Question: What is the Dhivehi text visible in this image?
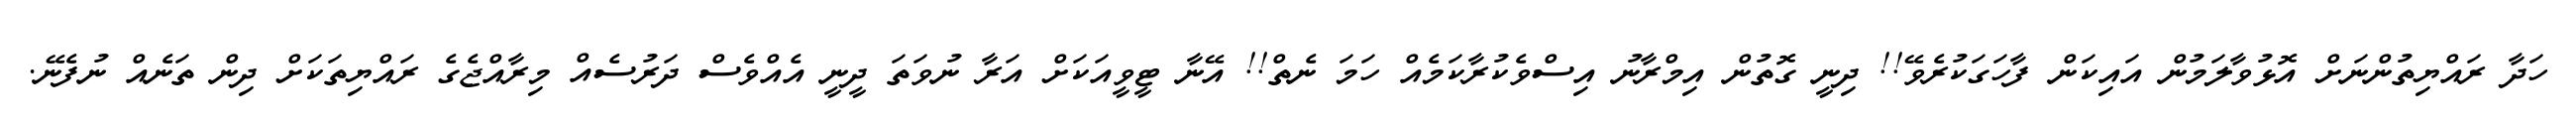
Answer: ހަދާ ރައްޔިތުންނަށް އޮޅުވާލަމުން އައިކަން ފާހަގަކުރެވޭ!! ދިނީ ގޮތުން އިމްރާނު އިސްވެކުރާކަމެއް ހަމަ ނެތް!! އޭނާ ޓީވީއަކަށް އަރާ ނުވަތަ ދީނީ އެއްވެސް ދަރުސެއް މިރާއްޖެގެ ރައްޔިތަކަށް ދިން ތަނެއް ނުފެނޭ.